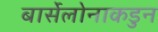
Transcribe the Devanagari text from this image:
बार्सेलोनाकडुन